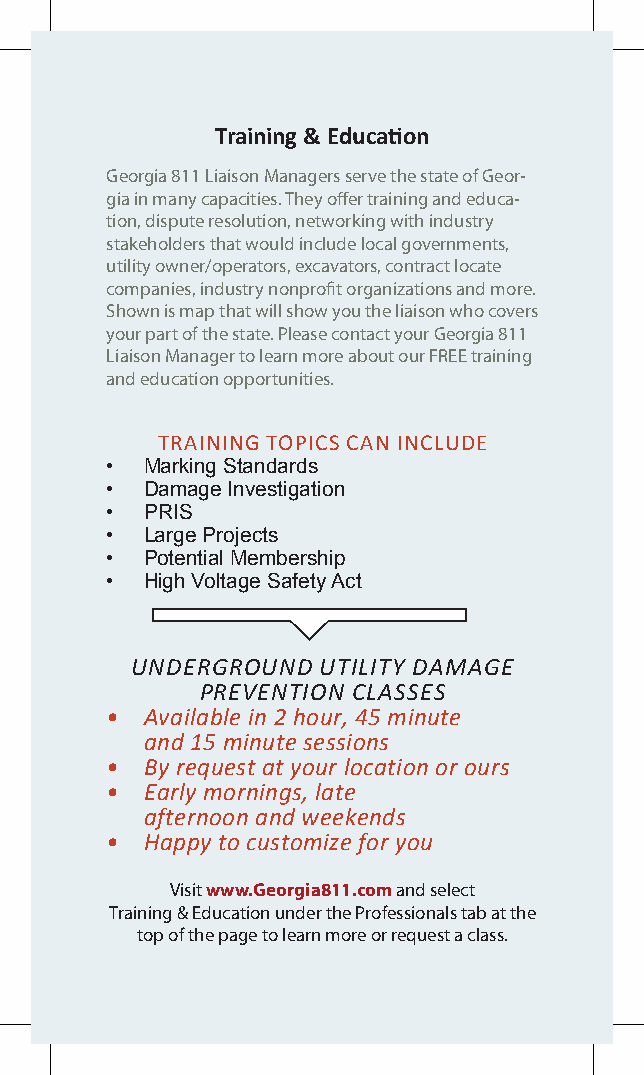
Training & Education
 Georgia 811 Liaison Managers serve the state of Geor-
 gia in many capacities. They offer training and educa-
 tion, dispute resolution, networking with industry
 stakeholders that would include local governments,
 utility owner/operators, excavators, contract locate
 companies, industry nonprofit organizations and more.
 Shown is map that will show you the liaison who covers
 your part of the state. Please contact your Georgia 811
 Liaison Manager to learn more about our FREE training
 and education opportunities.
 TRAINING TOPICS CAN INCLUDE
 •  Marking Standards
 •  Damage Investigation
 •  PRIS
 •  Large Projects
 •  Potential Membership
 •  High Voltage Safety Act
 UNDERGROUND UTILITY DAMAGE
 PREVENTION CLASSES
 •  Available in 2 hour, 45 minute
 and 15 minute sessions
 •  By request at your location or ours
 •  Early mornings, late
 afternoon and weekends
 •  Happy to customize for you
 Visit www.Georgia811.com and select
 Training & Education under the Professionals tab at the
 top of the page to learn more or request a class.